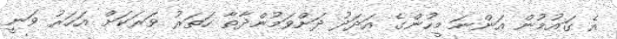
އެ ގައުމުން އަންނަ މީހުންގެ އަދަދު ދަށްވަމުންދާތާ ހަތަރު ވަރަކަށް އަހަރު ވަނީ